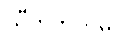
သီတိဘူတမှ